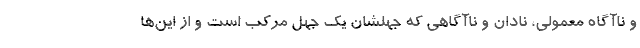
و ناآگاه معمولی، نادان و ناآگاهی که جهلشان یک جهل مرکب است و از این‌ها